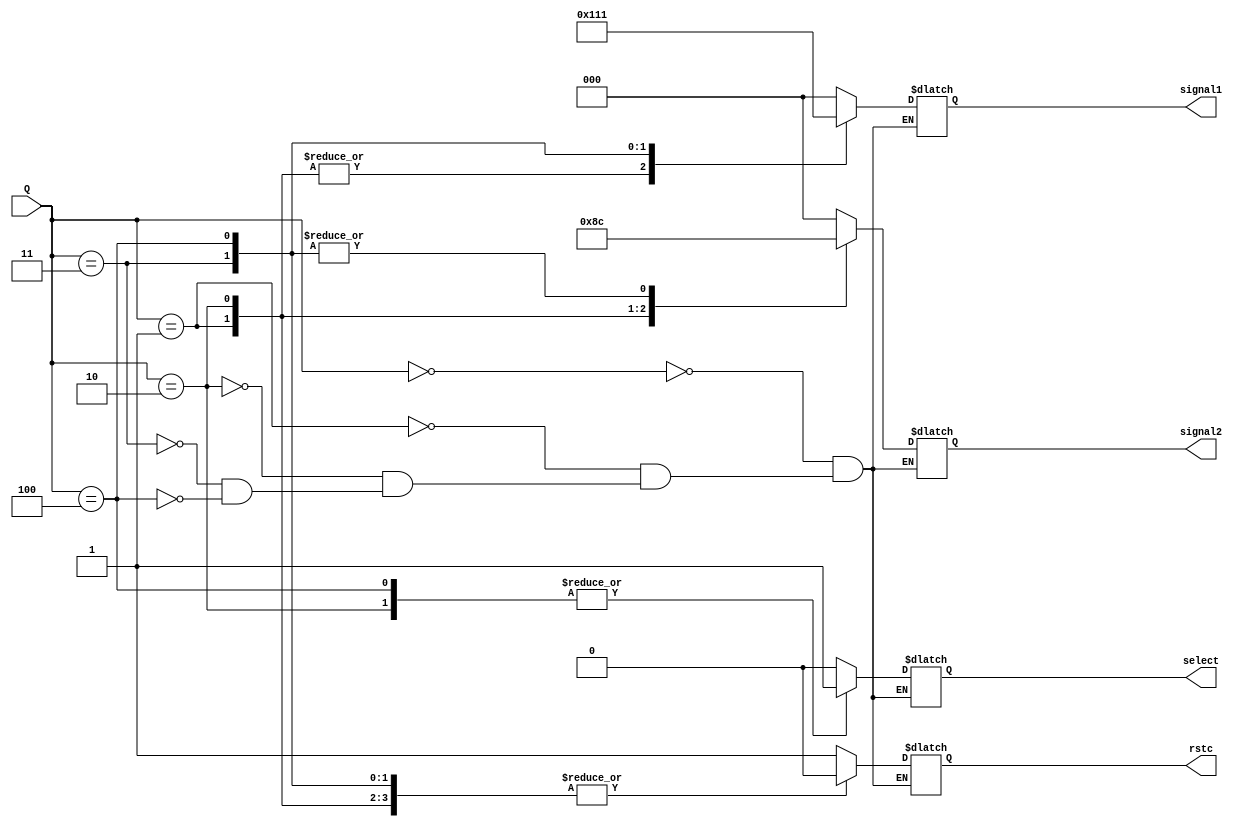
// out
module out #(parameter size =3)(Q,signal1,signal2,rstc,select);
  input [size-1:0]Q;
  output reg [2:0]signal1, signal2;
  output reg rstc;
  output reg select;
  always @(*)begin
    case(Q)
      3'b000: begin
              signal1 = 3'b000;
              signal2 = 3'b000;
              rstc = 1; 
              select = 0;
              
    end 
    3'b001: begin
              signal1 = 3'b100;
              signal2 = 3'b010;
              rstc = 0; 
              select =0;
    end 
    3'b010: begin
              signal1 = 3'b100;
              signal2 = 3'b001;
              rstc = 0;
              select = 1; 
              
    end 
    3'b011: begin
              signal1 = 3'b010;
              signal2 = 3'b100;
              rstc = 0; 
              select = 0;
    end 
    3'b100: begin
              signal1 = 3'b001;
              signal2 = 3'b100;
              rstc = 0; 
              select = 1;
    end 
  endcase
  end
endmodule